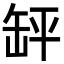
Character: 䍈